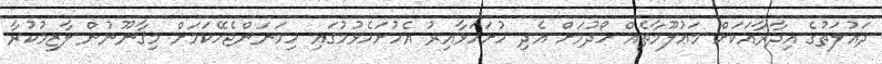
ދައުލަތުގެ އިދާރާއަކަށް މަޢުލޫމާތެއް ހޯދުމަށް އެދި ހުށަހަޅާއިރު އެހުށަހެޅުމުގައި ހިމަނަންޖެހޭކަމަށް މިޤާނޫނުން ލާޒިމުކުރާ